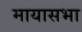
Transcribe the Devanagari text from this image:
मायासभा